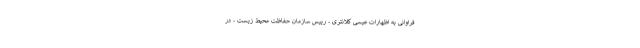
فراوانی به اظهارات عیسی کلانتری - رییس سازمان حفاظت محیط زیست - در